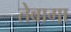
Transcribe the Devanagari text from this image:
तेबागा